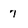
Character: 7